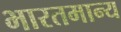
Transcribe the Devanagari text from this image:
भारतमान्य